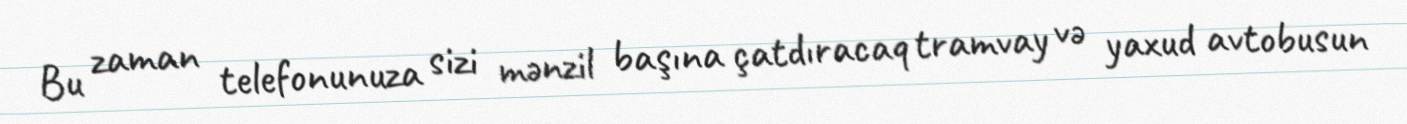
Bu zaman telefonunuza sizi mənzil başına çatdıracaq tramvay və yaxud avtobusun